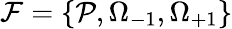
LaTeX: \mathcal{F}=\{ \mathcal{P},\Omega_{-1},\Omega_{+1}\}